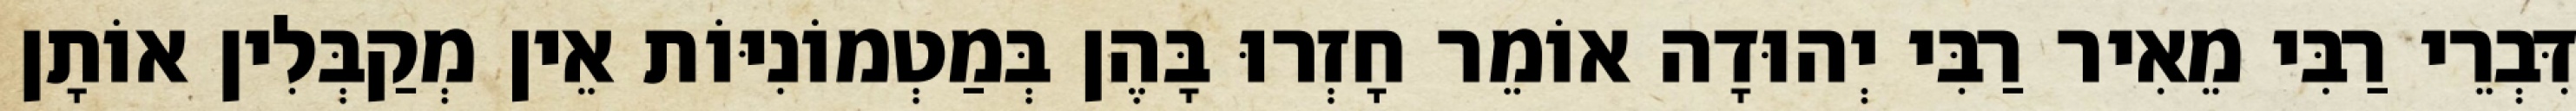
דִּבְרֵי רַבִּי מֵאִיר רַבִּי יְהוּדָה אוֹמֵר חָזְרוּ בָּהֶן בְּמַטְמוֹנִיּוֹת אֵין מְקַבְּלִין אוֹתָן